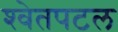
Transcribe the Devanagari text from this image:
श्‍वेतपटल